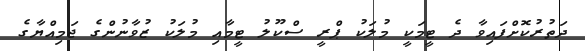
ދަތުރުކޮށްފައިވާ ދެ ޓީމަކީ މުލަކު ޕްރީ ސްކޫލު ޓީމާއި މުލަކު ޒުވާނުންގެ ޖަމިއްޔާގެ